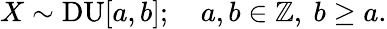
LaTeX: X\sim\mathrm{DU}[a,b];\quad a,b\in\mathbb{Z},\ b\geq a.